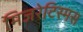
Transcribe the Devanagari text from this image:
मिजरेटिस्मस